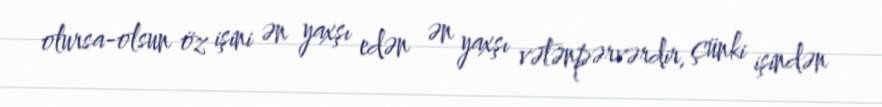
olursa-olsun öz işini ən yaxşı edən ən yaxşı vətənpərvərdir, çünki işindən